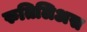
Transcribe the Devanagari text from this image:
रुतिलिअस